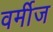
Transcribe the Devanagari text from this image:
वर्मीज